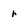
Character: r